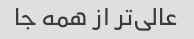
عالی‌تر از همه جا